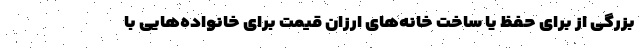
بزرگی از برای حفظ یا ساخت خانه‌های ارزان قیمت برای خانواده‌هایی با